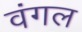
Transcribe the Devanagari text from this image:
वंगल